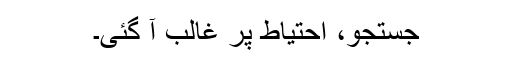
جستجو، احتیاط پر غالب آ گئی۔